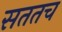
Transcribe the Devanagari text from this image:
सततच